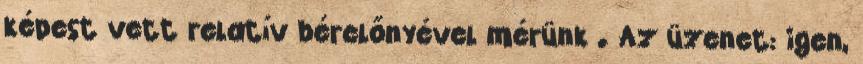
képest vett relatív bérelőnyével mérünk . Az üzenet: igen,